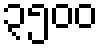
၃၅၀၀